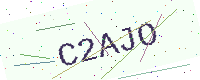
Text: C2AJO